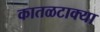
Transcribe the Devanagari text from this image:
कातळटाक्या